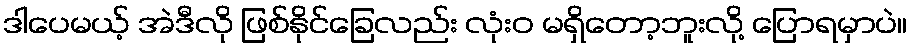
ဒါပေမယ့် အဲဒီလို ဖြစ်နိုင်ခြေလည်း လုံးဝ မရှိတော့ဘူးလို့ ပြောရမှာပဲ။